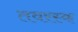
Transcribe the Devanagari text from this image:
तवरस्क